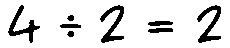
4 ÷ 2 = 2